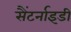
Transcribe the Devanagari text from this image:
सैंटर्नाइडी